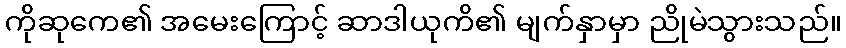
ကိုဆုကေ၏ အမေးကြောင့် ဆာဒါယုကိ၏ မျက်နှာမှာ ညိုမဲသွားသည်။